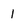
Character: 1